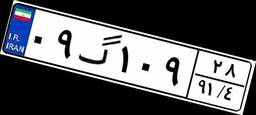
۱۴گ۴۱۰۹۷